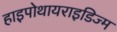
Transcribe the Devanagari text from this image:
हाइपोथायराइडिज्म